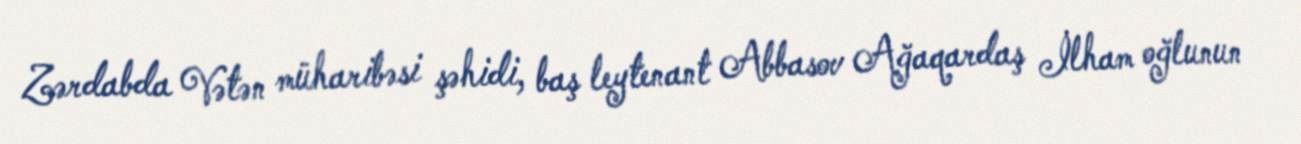
Zərdabda Vətən müharibəsi şəhidi, baş leytenant Abbasov Ağaqardaş İlham oğlunun